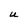
Character: U